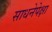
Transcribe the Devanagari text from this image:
साधनेपेक्षा